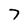
Character: 7